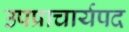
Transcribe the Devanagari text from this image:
उपप्राचार्यपद